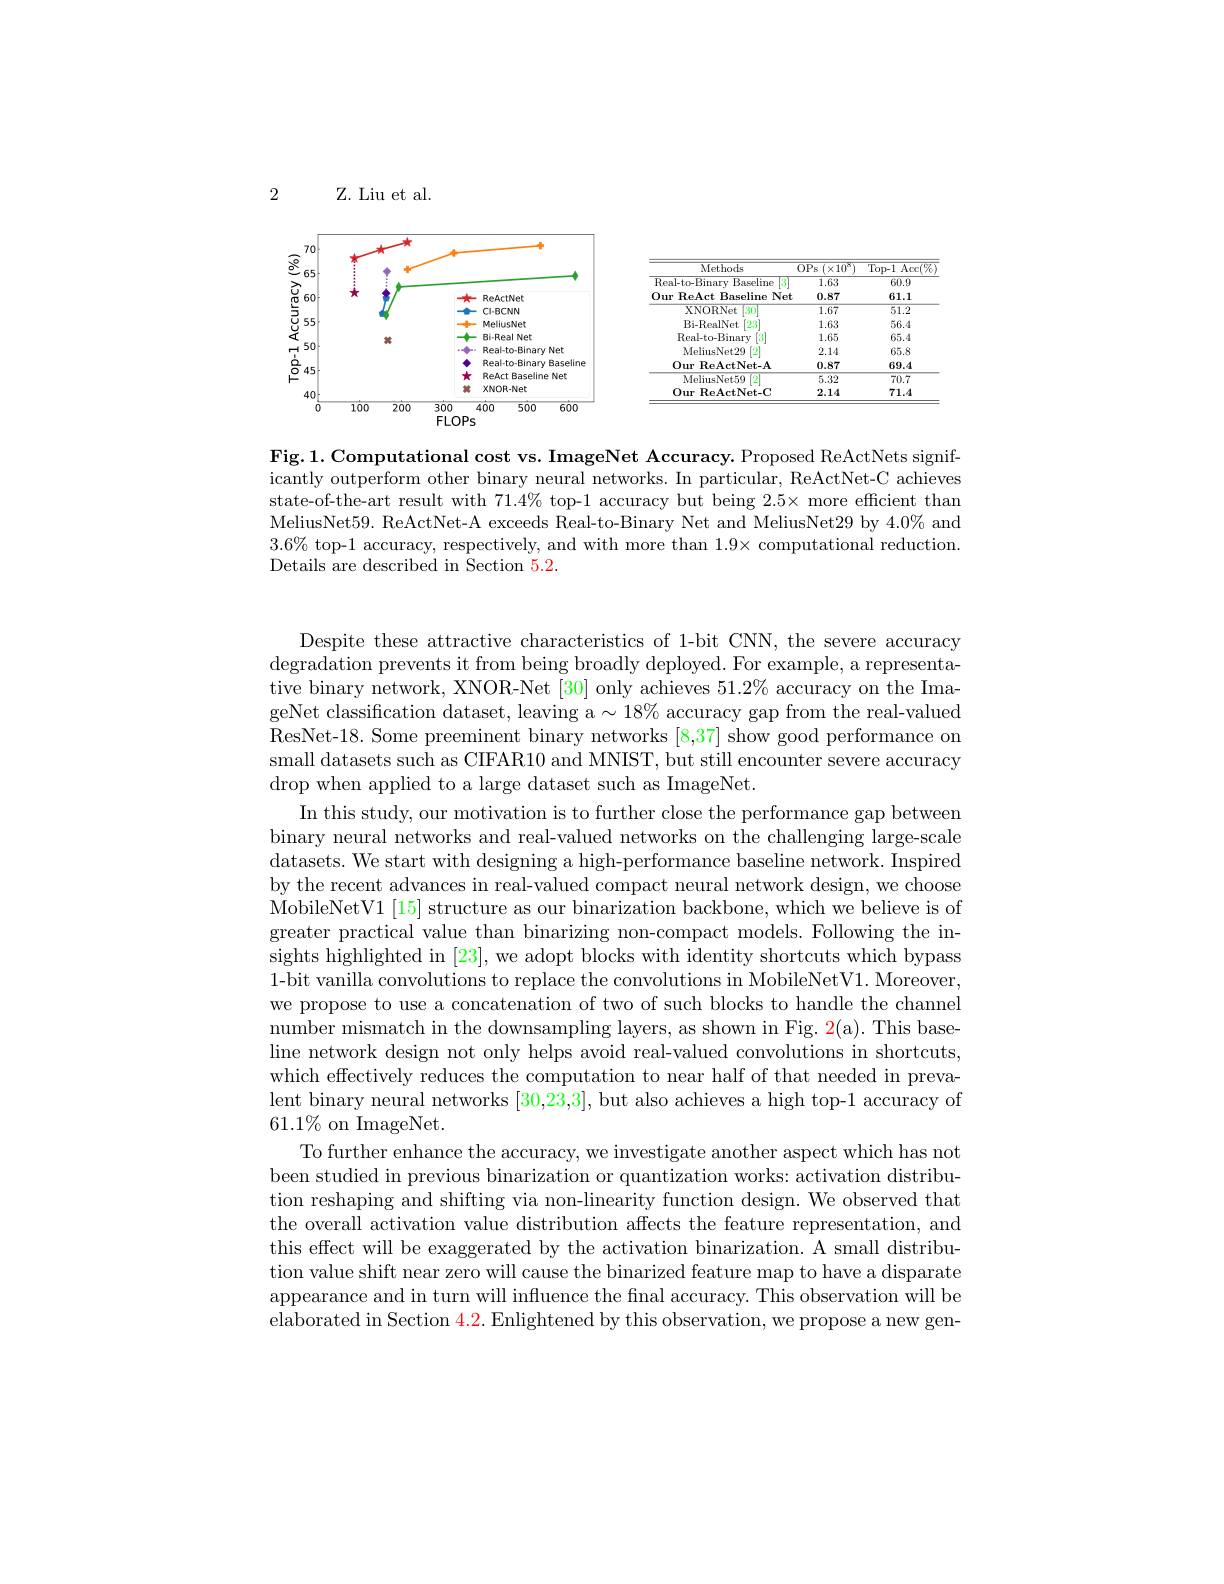
2

Z. Liu et al.

<FigureHere>

<table>
	<tbody>
		<tr>
			<th>Methods</th>
			<th>$\overline{0Ps}$ $(x10^{34}$</th>
			<th>Top- 1 Acc$( \%$</th>
		</tr>
		<tr>
			<td>$\overline{\text{Real-to-Binary}}$ Baseline 13</td>
			<td>1.63</td>
			<td>60.9</td>
		</tr>
		<tr>
			<td>OurReAct Baseline Net</td>
			<td>0.87</td>
			<td>61.1</td>
		</tr>
		<tr>
			<td>XNORNet 30</td>
			<td>$\overline{1.67}$</td>
			<td>$\overline{51.2}$</td>
		</tr>
		<tr>
			<td>Bi- RealNet $\left\lceil2.3\right\rceil$</td>
			<td>1.63</td>
			<td>56.4</td>
		</tr>
		<tr>
			<td>Real-to-Binarv 13</td>
			<td>1.65</td>
			<td>65.4</td>
		</tr>
		<tr>
			<td>MeliusNet29 9</td>
			<td>2.14</td>
			<td>65.8</td>
		</tr>
		<tr>
			<td>Our ReActNet- A</td>
			<td>0.87</td>
			<td>69.4</td>
		</tr>
		<tr>
			<td>MeliusNet59 12</td>
			<td>5.32</td>
			<td>70.7</td>
		</tr>
		<tr>
			<td>Our ReActNet- C</td>
			<td>2.14</td>
			<td>71.4</td>
		</tr>
	</tbody>
</table>

Fig.1. Computational cost vs. ImageNet Accuracy. Proposed ReActNets significantly outperform other binary neural networks. In particular, ReActNet-C achieves state-of-the-art result with $71.4\%$ top-1 accuracy but being 2.5× more efficient than MeliusNet59. ReActNet-A exceeds Real-to-Binary Net and MeliusNet29 by 4.0% and $3.6\%$ top-1 accuracy, respectively, and with more than $1.9\times$ computational reduction Details are described in Section 5.2.

Despite these attractive characteristics of 1-bit CNN, the severe accuracy degradation prevents it from being broadly deployed. For example, a representative binary network, XNOR-Net [30] only achieves $51.2\%$ accuracy on the ImageNet classification dataset, leaving a$\sim18\%$ accuracy gap from the real-valued ResNet-18. Some preeminent binary networks [8,37] show good performance on small datasets such as CIFAR10 and MNIST, but still encounter severe accuracy drop when applied to a large dataset such as ImageNet.
In this study, our motivation is to further close the performance gap between binary neural networks and real-valued networks on the challenging large-scale datasets. We start with designing a high-performance baseline network. Inspired by the recent advances in real-valued compact neural network design, we choose MobileNetV1[ 15] structure as our binarization backbone, which we believe is of greater practical value than binarizing non-compact models. Following the insights highlighted in [23], we adopt blocks with identity shortcuts which bypass 1-bit vanilla convolutions to replace the convolutions in MobileNetV1. Moreover we propose to use a concatenation of two of such blocks to handle the channel number mismatch in the downsampling layers, as shown in Fig. 2(a). This baseline network design not only helps avoid real-valued convolutions in shortcuts, which effectively reduces the computation to near half of that needed in prevalent binary neural networks [30,23,3], but also achieves a high top-1 accuracy of $61.1\%$ on ImageNet.
To further enhance the accuracy, we investigate another aspect which has not been studied in previous binarization or quantization works: activation distribution reshaping and shifting via non-linearity function design. We observed that the overall activation value distribution affects the feature representation, and this effect will be exaggerated by the activation binarization. A small distribution value shift near zero will cause the binarized feature map to have a disparate appearance and in turn will influence the fnal accuracy. This observation will be elaborated in Section $\color{red}4.2.$ Enlightened by this observation, we propose a new gen-